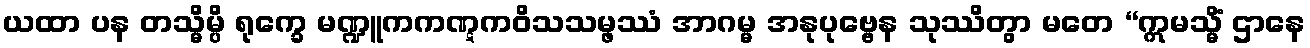
ယထာ ပန တသ္မိမ္ပိ ရုက္ခေ မဏ္ဍူကကဏ္ဋကဝိသသမ္ဖဿံ အာဂမ္မ အနုပုဗ္ဗေန သုဿိတွာ မတေ “ဣမသ္မိံ ဌာနေ